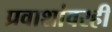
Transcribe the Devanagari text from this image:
प्रवाशांवरही